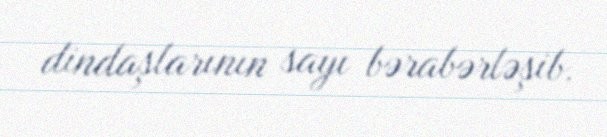
dindaşlarının sayı bərabərləşib.